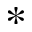
*